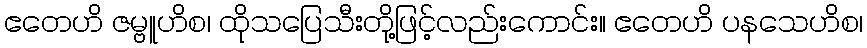
ဧတေဟိ ဇမ္ဗူဟိစ၊ ထိုသပြေသီးတို့ဖြင့်လည်းကောင်း။ ဧတေဟိ ပနသေဟိစ၊